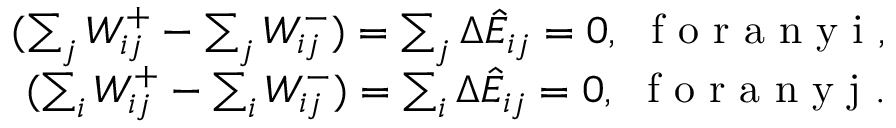
\begin{array} { r } { ( \sum _ { j } W _ { i j } ^ { + } - \sum _ { j } W _ { i j } ^ { - } ) = \sum _ { j } \Delta \hat { E } _ { i j } = 0 , \ \mathrm { ~ f ~ o ~ r ~ a ~ n ~ y ~ i ~ , ~ } } \\ { ( \sum _ { i } W _ { i j } ^ { + } - \sum _ { i } W _ { i j } ^ { - } ) = \sum _ { i } \Delta \hat { E } _ { i j } = 0 , \ \mathrm { ~ f ~ o ~ r ~ a ~ n ~ y ~ j ~ . ~ } } \end{array}